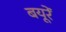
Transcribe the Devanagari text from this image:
बयूरें